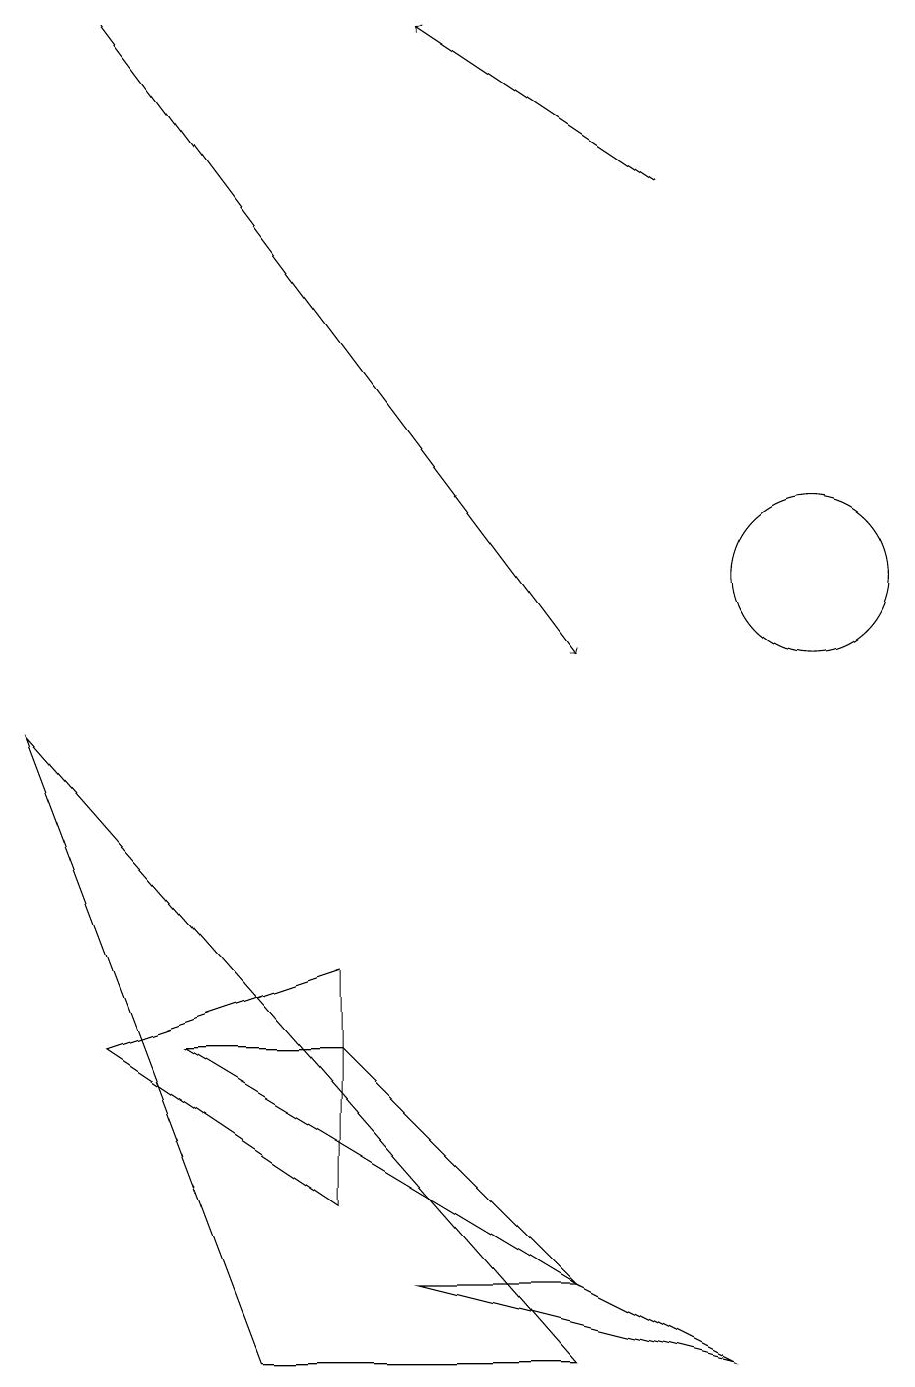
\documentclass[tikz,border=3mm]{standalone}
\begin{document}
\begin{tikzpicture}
\draw (1,5) -- (4,3) -- (4,6) -- cycle;
\draw (2,5) -- (7,2) -- (4,5) -- cycle;
\draw[->] (8,16) -- (5,18);
\draw (8,15) rectangle (8,15);
\draw (0,9) -- (7,1) -- (3,1) -- cycle;
\draw (10,11) circle (1);
\draw (7,2) -- (9,1) -- (5,2) -- cycle;
\draw[->] (1,18) -- (7,10);
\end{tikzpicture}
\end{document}